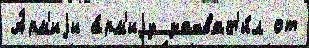
А́рм'иjи а́рм'иjу захват'и́л от